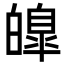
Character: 皥